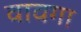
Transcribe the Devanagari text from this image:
वावगा